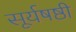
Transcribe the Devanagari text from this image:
सूर्यषष्ठी